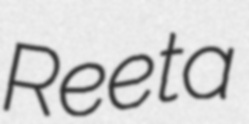
Reeta